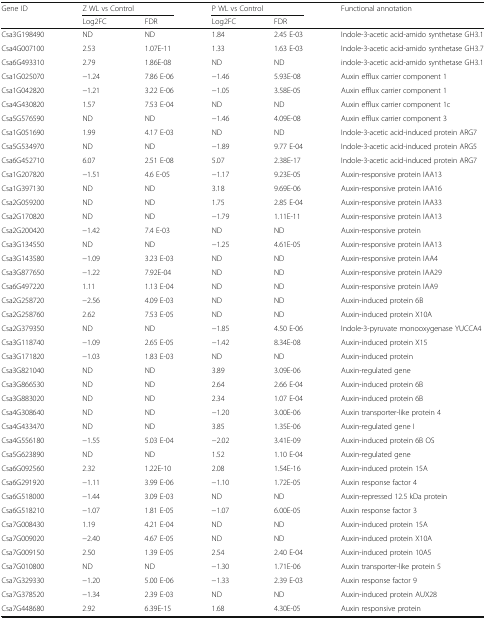
<table><thead><tr><td rowspan="2"><b>Gene ID</b></td><td colspan="2"><b>Z WL vs Control</b></td><td colspan="2"><b>P WL vs Control</b></td><td rowspan="2"><b>Functional annotation</b></td></tr><tr><td><b>Log2FC</b></td><td><b>FDR</b></td><td><b>Log2FC</b></td><td><b>FDR</b></td></tr></thead><tbody><tr><td>Csa3G198490</td><td>ND</td><td>ND</td><td>1.84</td><td>2.45 E-03</td><td>Indole-3-acetic acid-amido synthetase GH3.1</td></tr><tr><td>Csa4G007100</td><td>2.53</td><td>1.07E-11</td><td>1.33</td><td>1.63 E-03</td><td>Indole-3-acetic acid-amido synthetase GH3.7</td></tr><tr><td>Csa6G493310</td><td>2.79</td><td>1.86E-08</td><td>ND</td><td>ND</td><td>indole-3-acetic acid-amido synthetase GH3.1</td></tr><tr><td>Csa1G025070</td><td>−1.24</td><td>7.86 E-06</td><td>−1.46</td><td>5.93E-08</td><td>Auxin efflux carrier component 1</td></tr><tr><td>Csa1G042820</td><td>−1.21</td><td>3.22 E-06</td><td>−1.05</td><td>3.58E-05</td><td>Auxin efflux carrier component 1</td></tr><tr><td>Csa4G430820</td><td>1.57</td><td>7.53 E-04</td><td>ND</td><td>ND</td><td>Auxin efflux carrier component 1c</td></tr><tr><td>Csa5G576590</td><td>ND</td><td>ND</td><td>−1.46</td><td>4.09E-08</td><td>Auxin efflux carrier component 3</td></tr><tr><td>Csa1G051690</td><td>1.99</td><td>4.17 E-03</td><td>ND</td><td>ND</td><td>Indole-3-acetic acid-induced protein ARG7</td></tr><tr><td>Csa5G534970</td><td>ND</td><td>ND</td><td>−1.89</td><td>9.77 E-04</td><td>Indole-3-acetic acid-induced protein ARG5</td></tr><tr><td>Csa6G452710</td><td>6.07</td><td>2.51 E-08</td><td>5.07</td><td>2.38E-17</td><td>Indole-3-acetic acid-induced protein ARG7</td></tr><tr><td>Csa1G207820</td><td>−1.51</td><td>4.6 E-05</td><td>−1.17</td><td>9.23E-05</td><td>Auxin-responsive protein IAA13</td></tr><tr><td>Csa1G397130</td><td>ND</td><td>ND</td><td>3.18</td><td>9.69E-06</td><td>Auxin-responsive protein IAA16</td></tr><tr><td>Csa2G059200</td><td>ND</td><td>ND</td><td>1.75</td><td>2.85 E-04</td><td>Auxin-responsive protein IAA33</td></tr><tr><td>Csa2G170820</td><td>ND</td><td>ND</td><td>−1.79</td><td>1.11E-11</td><td>Auxin-responsive protein IAA13</td></tr><tr><td>Csa2G200420</td><td>−1.42</td><td>7.4 E-03</td><td>ND</td><td>ND</td><td>Auxin-responsive protein</td></tr><tr><td>Csa3G134550</td><td>ND</td><td>ND</td><td>−1.25</td><td>4.61E-05</td><td>Auxin-responsive protein IAA13</td></tr><tr><td>Csa3G143580</td><td>−1.09</td><td>3.23 E-03</td><td>ND</td><td>ND</td><td>Auxin-responsive protein IAA4</td></tr><tr><td>Csa3G877650</td><td>−1.22</td><td>7.92E-04</td><td>ND</td><td>ND</td><td>Auxin-responsive protein IAA29</td></tr><tr><td>Csa6G497220</td><td>1.11</td><td>1.13 E-04</td><td>ND</td><td>ND</td><td>Auxin-responsive protein IAA9</td></tr><tr><td>Csa2G258720</td><td>−2.56</td><td>4.09 E-03</td><td>ND</td><td>ND</td><td>Auxin-induced protein 6B</td></tr><tr><td>Csa2G258760</td><td>2.62</td><td>7.53 E-05</td><td>ND</td><td>ND</td><td>Auxin-induced protein X10A</td></tr><tr><td>Csa2G379350</td><td>ND</td><td>ND</td><td>−1.85</td><td>4.50 E-06</td><td>Indole-3-pyruvate monooxygenase YUCCA4</td></tr><tr><td>Csa3G118740</td><td>−1.09</td><td>2.65 E-05</td><td>−1.42</td><td>8.34E-08</td><td>Auxin-induced protein X15</td></tr><tr><td>Csa3G171820</td><td>−1.03</td><td>1.83 E-03</td><td>ND</td><td>ND</td><td>Auxin-induced protein</td></tr><tr><td>Csa3G821040</td><td>ND</td><td>ND</td><td>3.89</td><td>3.09E-06</td><td>Auxin-regulated gene</td></tr><tr><td>Csa3G866530</td><td>ND</td><td>ND</td><td>2.64</td><td>2.66 E-04</td><td>Auxin-induced protein 6B</td></tr><tr><td>Csa3G883020</td><td>ND</td><td>ND</td><td>2.34</td><td>1.07 E-04</td><td>Auxin-induced protein 6B</td></tr><tr><td>Csa4G308640</td><td>ND</td><td>ND</td><td>−1.20</td><td>3.00E-06</td><td>Auxin transporter-like protein 4</td></tr><tr><td>Csa4G433470</td><td>ND</td><td>ND</td><td>3.85</td><td>1.35E-06</td><td>Auxin-regulated gene I</td></tr><tr><td>Csa4G556180</td><td>−1.55</td><td>5.03 E-04</td><td>−2.02</td><td>3.41E-09</td><td>Auxin-induced protein 6B OS</td></tr><tr><td>Csa5G623890</td><td>ND</td><td>ND</td><td>1.52</td><td>1.10 E-04</td><td>Auxin-regulated gene</td></tr><tr><td>Csa6G092560</td><td>2.32</td><td>1.22E-10</td><td>2.08</td><td>1.54E-16</td><td>Auxin-induced protein 15A</td></tr><tr><td>Csa6G291920</td><td>−1.11</td><td>3.99 E-06</td><td>−1.10</td><td>1.72E-05</td><td>Auxin response factor 4</td></tr><tr><td>Csa6G518000</td><td>−1.44</td><td>3.09 E-03</td><td>ND</td><td>ND</td><td>Auxin-repressed 12.5 kDa protein</td></tr><tr><td>Csa6G518210</td><td>−1.07</td><td>1.81 E-05</td><td>−1.07</td><td>6.00E-05</td><td>Auxin response factor 3</td></tr><tr><td>Csa7G008430</td><td>1.19</td><td>4.21 E-04</td><td>ND</td><td>ND</td><td>Auxin-induced protein 15A</td></tr><tr><td>Csa7G009020</td><td>−2.40</td><td>4.67 E-05</td><td>ND</td><td>ND</td><td>Auxin-induced protein X10A</td></tr><tr><td>Csa7G009150</td><td>2.50</td><td>1.39 E-05</td><td>2.54</td><td>2.40 E-04</td><td>Auxin-induced protein 10A5</td></tr><tr><td>Csa7G010800</td><td>ND</td><td>ND</td><td>−1.30</td><td>1.71E-06</td><td>Auxin transporter-like protein 5</td></tr><tr><td>Csa7G329330</td><td>−1.20</td><td>5.00 E-06</td><td>−1.33</td><td>2.39 E-03</td><td>Auxin response factor 9</td></tr><tr><td>Csa7G378520</td><td>−1.34</td><td>2.39 E-03</td><td>ND</td><td>ND</td><td>Auxin-induced protein AUX28</td></tr><tr><td>Csa7G448680</td><td>2.92</td><td>6.39E-15</td><td>1.68</td><td>4.30E-05</td><td>Auxin responsive protein</td></tr></tbody></table>